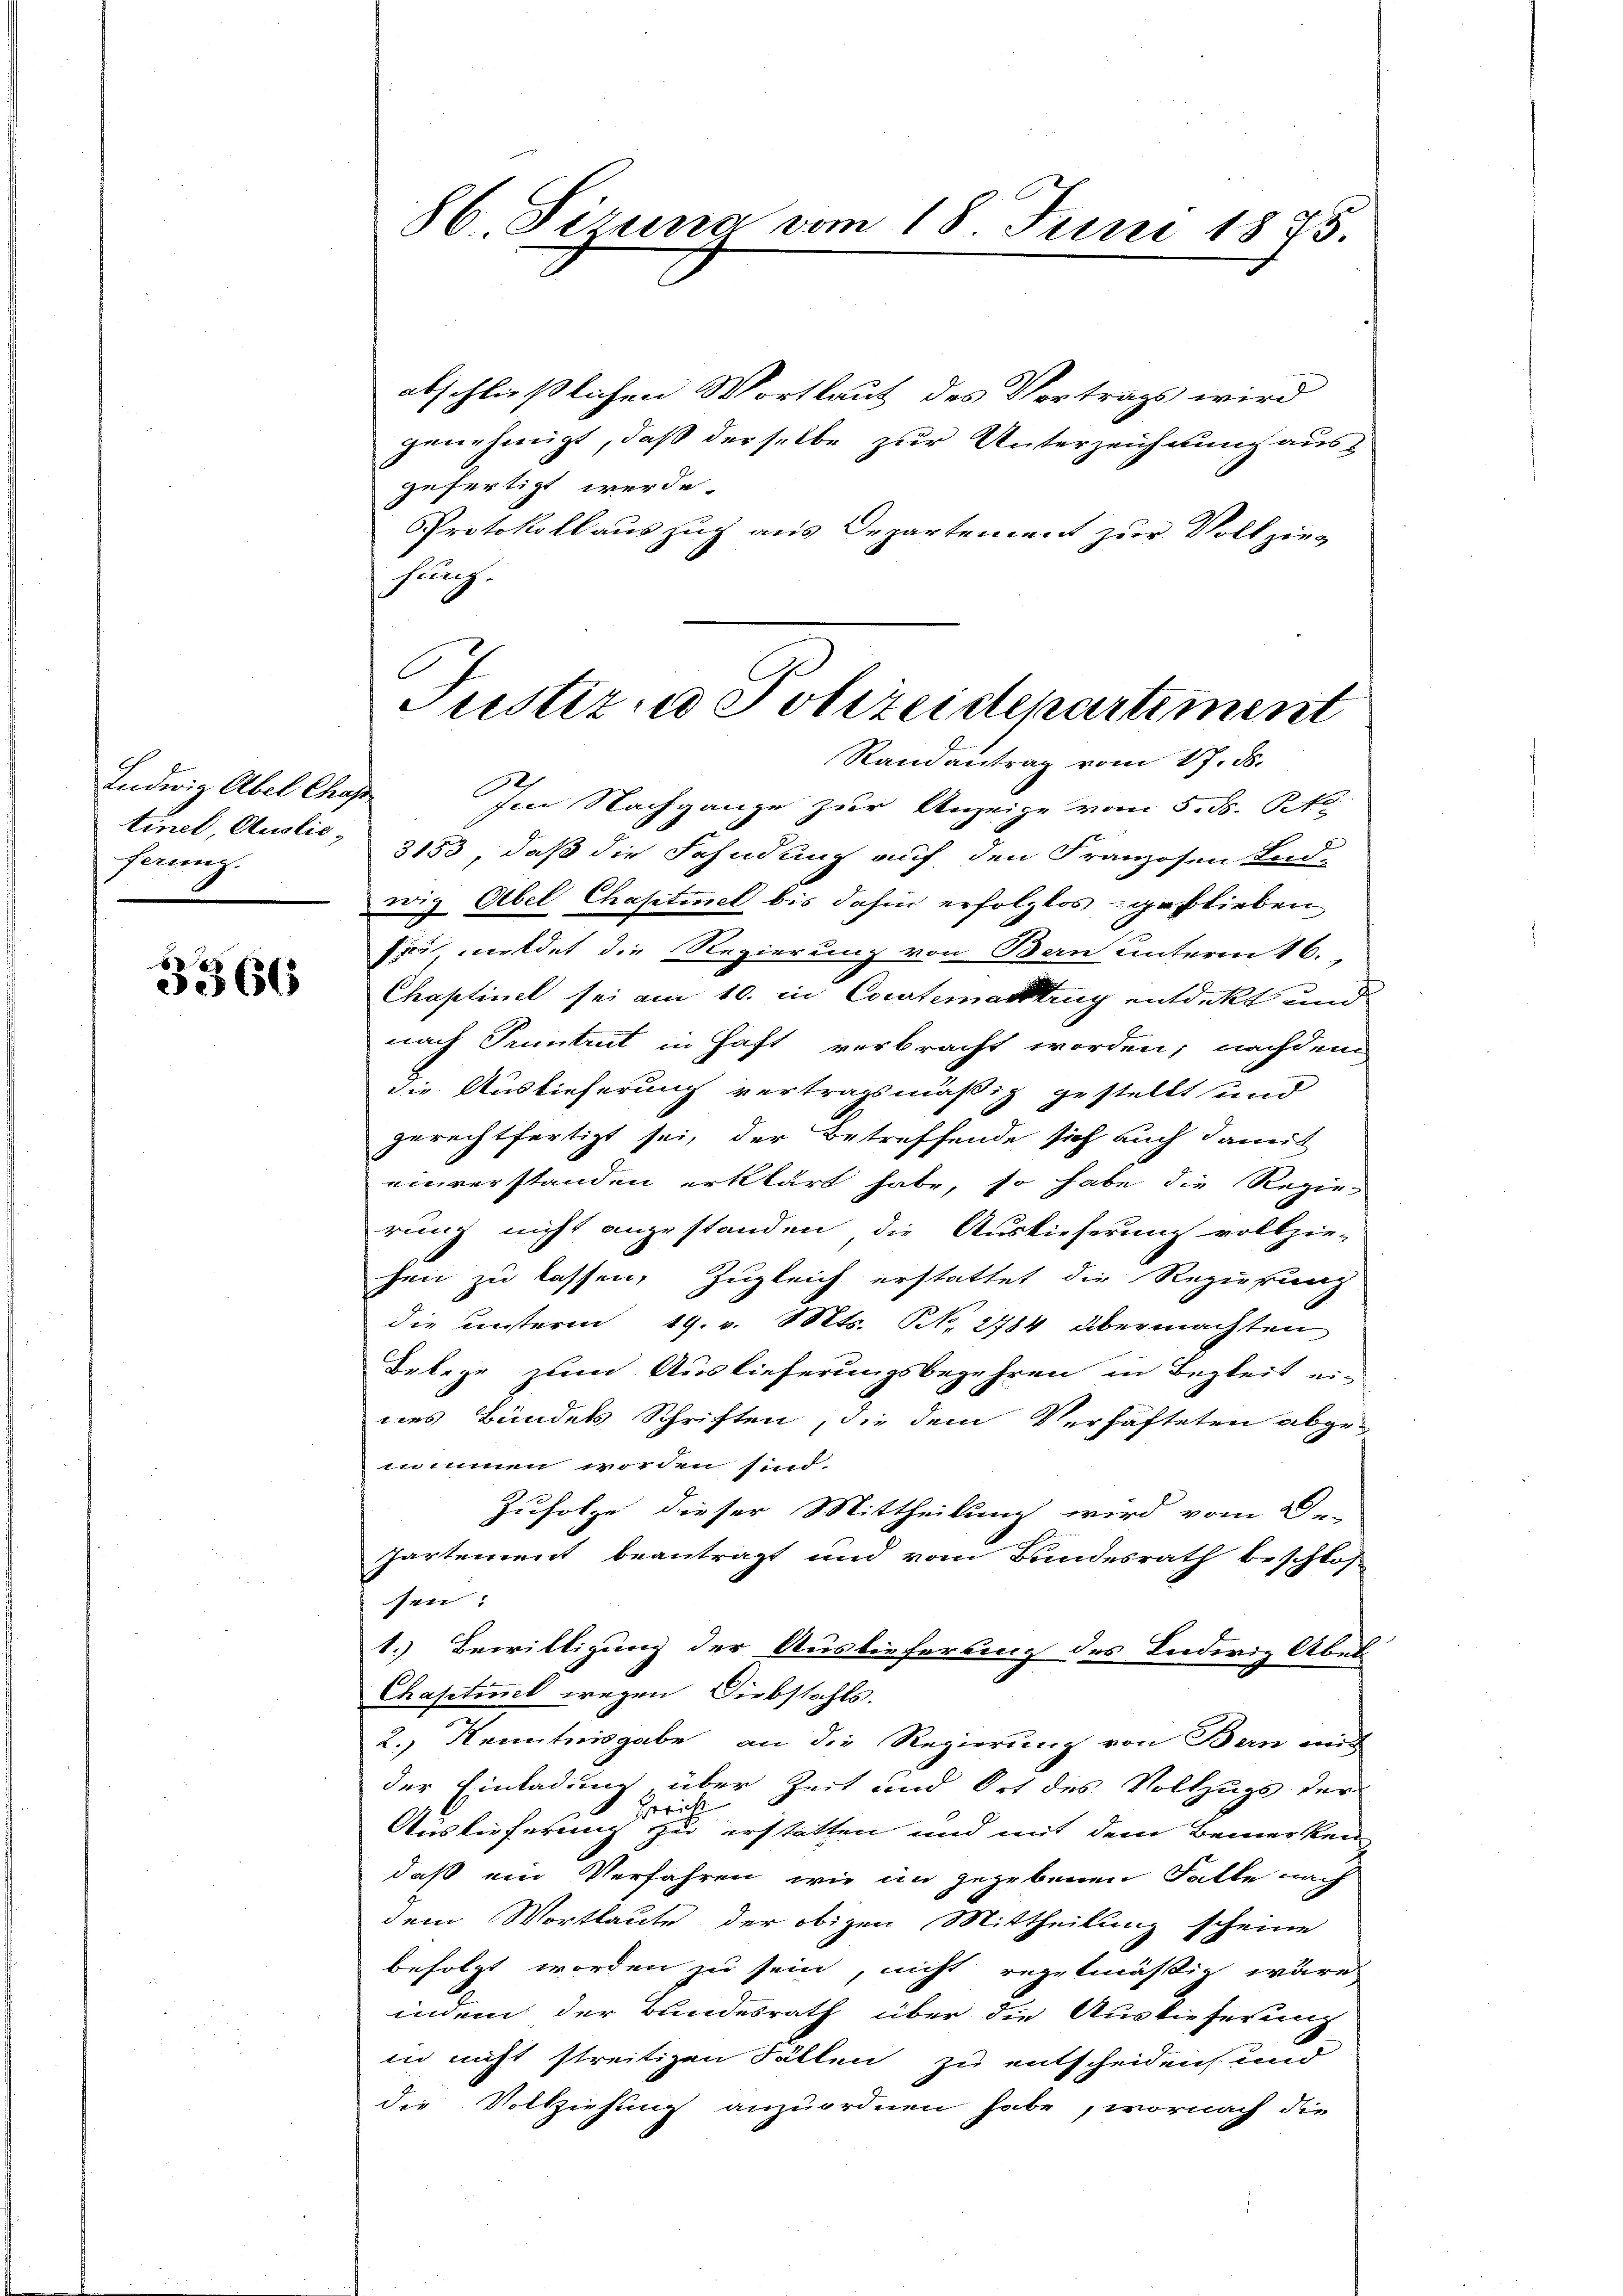
Ludwig Abel Chap
ferung.

3366

86 Siruna vom 18. Juni 1875.

abschließlichen Wortlaut des Vertrags wird
genehmigt, daß derselbe zur Unterzeichnung aus
gefertigt werde.
Protokoll auszug aus Departement zur Vollziehung.

Justiz und Polizeistepartement
Randantrag vom 17. ds.

Im Nachgange zur Anzeige vom 5. d. Bek
tinet, Auslie, 3153, daß die Fahndung auf den Franzosen End-
wig Übel Chaptiel bis dahin erfolglos geblieben
fiir meldet die Regierung von Bern unterm 16.
Chaptinel sei am 10. in Corstematttrug entdekt und
nach Pintent in Haft verbracht worden; nachdem
die Auslieferung vertragsmäßig gestellt und
gerechtfertigt sei, der betreffende sich auch damit
einverstanden erklärt habe, so habe die Regierung nicht anzustanden die Auslieferung vollzie-
hen zu lassen, Zugleich erstattet die Regierung
die unterm 19. v. Mts. N. 2784 übermachten
Belege zum Auslieferungsbegehren in Begleit ei-
nes Bundels Schriften, die dem Verhäfteten abge-
nommen worden sind.
Zufolge dieser Mittheilung wird vom 2.
Gartement beantragt und vom Bundesrath beschlos
sen:
1.) Bewilligung der Auslieferung des Inderiz Aber
Chaptinel wegen Diebstahls.
2.) Kenntnisgabe an die Regierung von Bern mit
der Einladung über Zeit und Ort des Vollzugs der
Gerich
Auslieferung zu erstatten und mit dem Bemerken
daß ein Verfahren, wie im gegebenen Falle nach
dem Wortlaute der obigen Mittheilung scheine
befolgt worden zu sein, nicht regelmässig wäre
indem der Bundesrath über die Auslieferung
in nicht streitigen Fällen zu entscheiden und
die Vollziehung anzuordnen habe, wornach die